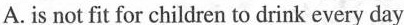
A.is not fit for children to drink every day